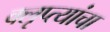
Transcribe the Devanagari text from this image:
क्लृप्त्यांचा